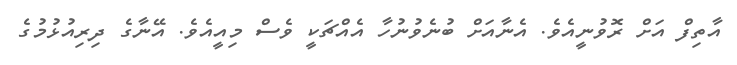
އާތިފް އަށް ރޮވުނީއެވެ. އެނާއަށް ބުނެވުނުހާ އެއްޗަކީ ވެސް މިއީއެވެ. އޭނާގެ ދިރިއުޅުމުގެ